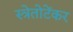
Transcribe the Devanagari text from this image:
स्त्रेतोटेंकर